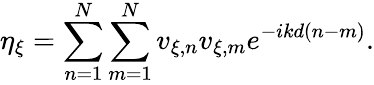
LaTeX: \eta_{\xi}=\sum_{n=1}^{N}\sum_{m=1}^{N}v_{\xi,n}v_{\xi,m}e^{-ikd(n-m)}.